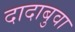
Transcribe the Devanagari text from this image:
दादाबुवा